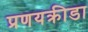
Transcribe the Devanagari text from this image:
प्रणयक्रीडा